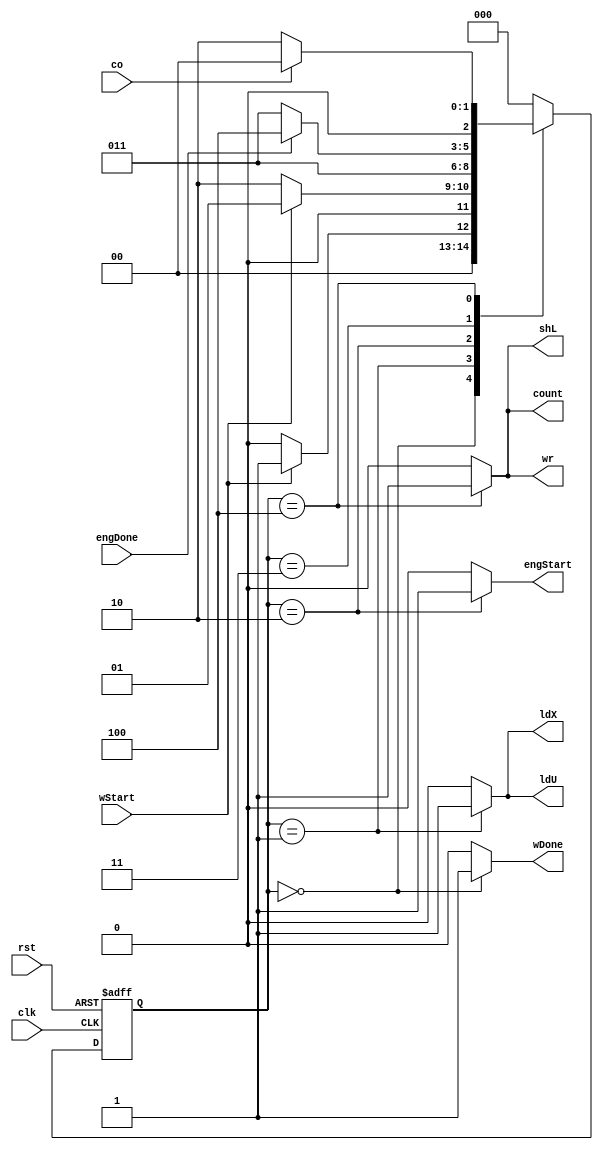
module Wcontroller(input clk,rst,co,engDone,wStart, output reg ldX,ldU,shL,wr,wDone,count,engStart);
  parameter[2:0] A= 3'b000,B = 3'b001,C = 3'b010, D = 3'b011 , E = 3'b100;
  reg[2:0]ns,ps;
    always@(wStart,engDone,ps,co)
    begin
      ns = 3'b000;
      {ldX,ldU,shL,wr,wDone,count,engStart} = 7'b0;
      case(ps)
          A :begin ns = wStart ? B : A;wDone = 1'b1; end
          B :begin ns = wStart ? B : C; {ldX,ldU} = 2'b11; end
          C :begin ns = D; {engStart} = 1'b1; end
          D :begin ns = engDone ? E : D; {count,engStart} = 2'b00; end
          E :begin ns = co ? A : C; {shL,wr,count} = 3'b111; end
    endcase  
    end
    always@(posedge clk , posedge rst) 
    begin
      if(rst)
        ps <= 3'b0;
      else
        ps <= ns;
    end  
endmodule